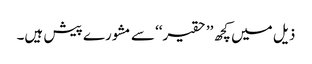
ذیل میں کچھ ’’حقیر‘‘ سے مشورے پیش ہیں۔